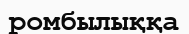
ромбылыққа